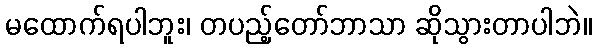
မထောက်ရပါဘူး၊ တပည့်တော်ဘာသာ ဆိုသွားတာပါဘဲ။